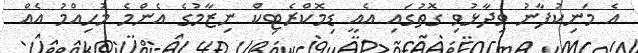
އެ މަނިކުފާނު ވިދާޅުވި ގޮތުގައި އެއީ ޑިމޮކްރެޓިކް ނިޒާމުގެ އެންމެ މުހިއްމު އެއް